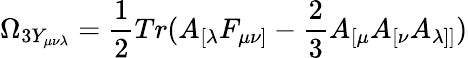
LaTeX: \Omega_{3Y_{\mu\nu\lambda}}=\frac{1}{2}Tr(A_{[\lambda}F_{\mu\nu]}-\frac{2}{3}A_{[\mu}A_{[\nu}A_{\lambda]]})